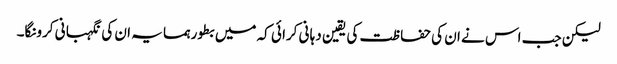
لیکن جب اس نے ان کی حفا ظت کی یقین دہا نی کرا ئی کہ میں بطور ہمسا یہ ان کی نگہبا نی کرونگا۔